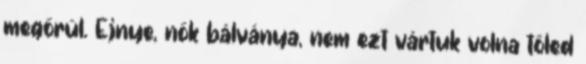
megőrül. Ejnye, nők bálványa, nem ezt vártuk volna tőled